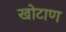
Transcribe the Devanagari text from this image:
खोटाण